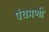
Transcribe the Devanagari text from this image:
पंचमणी